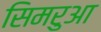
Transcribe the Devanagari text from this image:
सिमरुआ